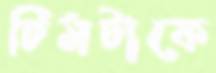
টিমটাকে